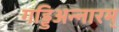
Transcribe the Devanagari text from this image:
गड्डिअन्नारम्